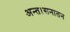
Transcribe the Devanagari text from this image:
अन्त।सनातन